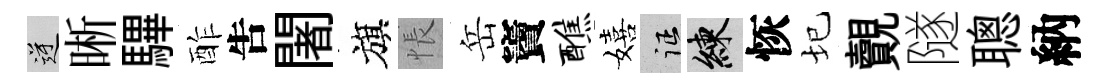
逆晰驆酢吿闍旗悵岳竇醮嬉征練恢圮覿隧聰納